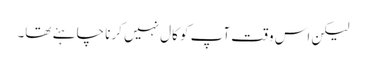
لیکن اس وقت آپ کو کال نہیں کرنا چاہئے تھا۔